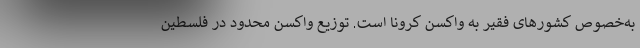
به‌خصوص کشور‌های فقیر به واکسن کرونا است. توزیع واکسن محدود در فلسطین